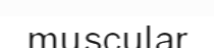
muscular